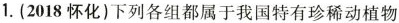
1. (2018怀化)下列各组都属于我国特有珍稀动植物